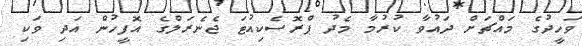
ވަހީދުގެ މައްޗަށް ދައުވާ ކުރުމާ މެދު ޕްރޮސެކިއުޓަ ޖެނެރަލްގެ އޮފީހުން އަދި ވަކި